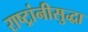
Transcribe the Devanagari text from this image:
राष्ट्रांनीसुद्धा